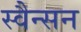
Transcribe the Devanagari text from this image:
स्वैन्सन